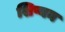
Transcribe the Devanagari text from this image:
शिष्यन